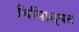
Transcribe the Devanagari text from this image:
बियािन्वत